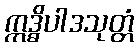
ဣဒ္ဓိပါဒသုတ္တံ